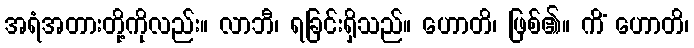
အရံအတားတို့ကိုလည်း။ လာဘီ၊ ရခြင်းရှိသည်။ ဟောတိ၊ ဖြစ်၏။ ကိံ ဟောတိ၊